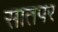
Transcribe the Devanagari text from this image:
सातपर